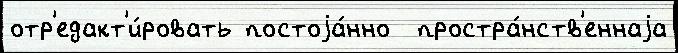
отр'едакт'и́ровать постоjа́нно  простра́нств'еннаjа